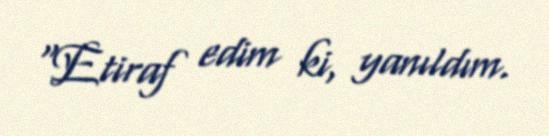
“Etiraf edim ki, yanıldım.